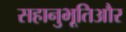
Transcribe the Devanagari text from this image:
सहानुभूतिऔर